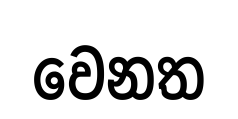
වෙනත